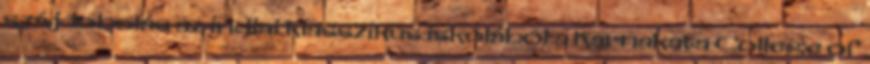
szájdobolás az indiai klasszikus iskolából a Karnakata College of